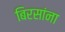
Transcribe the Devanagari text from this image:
बिरसांना